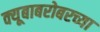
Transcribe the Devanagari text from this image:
क्यूबाबरोबरच्या